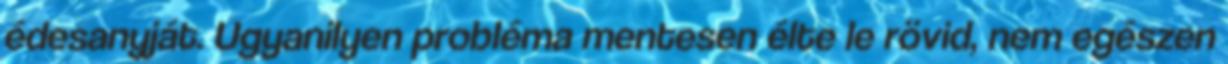
édesanyját. Ugyanilyen probléma mentesen élte le rövid, nem egészen